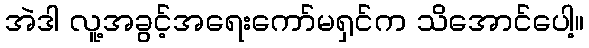
အဲဒါ လူ့အခွင့်အရေးကော်မရှင်က သိအောင်ပေါ့။